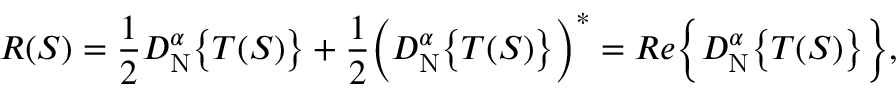
R ( S ) = \frac { 1 } { 2 } D _ { \mathrm { N } } ^ { \alpha } \big \{ { T ( S ) \big \} } + \frac { 1 } { 2 } \bigg ( D _ { \mathrm { N } } ^ { \alpha } \big \{ { T ( S ) \big \} } \bigg ) ^ { * } = R e \bigg \{ { D _ { \mathrm { N } } ^ { \alpha } \big \{ { T ( S ) \big \} } \bigg \} } ,